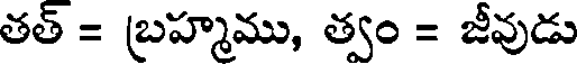
తత్ = బ్రహ్మము, త్వం = జీవుడు